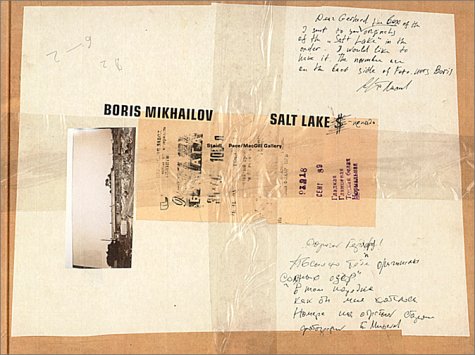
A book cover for Boris Mikhailov: Salt Lake; Greg Lynn; Travel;